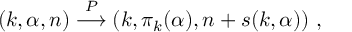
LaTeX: ( k , \alpha , n ) \stackrel { P } { \longrightarrow } ( k , \pi _ { k } ( \alpha ) , n + s ( k , \alpha ) ) ~ ,